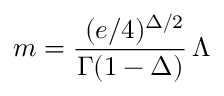
m = { \frac { \, \, ( e / 4 ) ^ { \Delta / 2 } } { \Gamma ( 1 - \Delta ) } } \, \Lambda